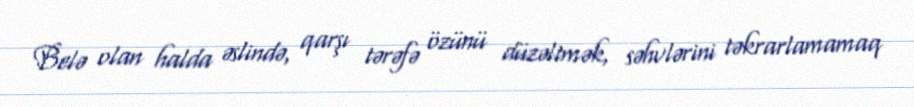
Belə olan halda əslində, qarşı tərəfə özünü düzəltmək, səhvlərini təkrarlamamaq